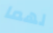
لهما